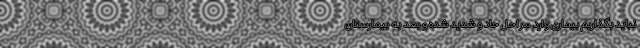
نباید بگذاریم بیماری وارد مراحل حاد و شدید شده و بعد به بیمارستان